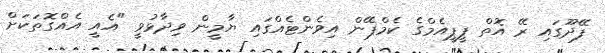
ފޭދޫގައި ރޭ އޮތް ޕީޕީއެމްގެ ކެމްޕޭން އިވެންޓެއްގައި ޔާމީން ވިދާޅުވީ "އެއީ އެއްގޮތަކަށް